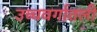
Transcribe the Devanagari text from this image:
उच्चवर्गातली